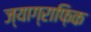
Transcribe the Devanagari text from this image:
ज्याग्राफ़िक